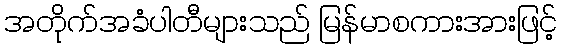
အတိုက်အခံပါတီများသည် မြန်မာစကားအားဖြင့်